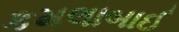
કમલાબાઈ